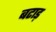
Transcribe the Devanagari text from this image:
बटाड़